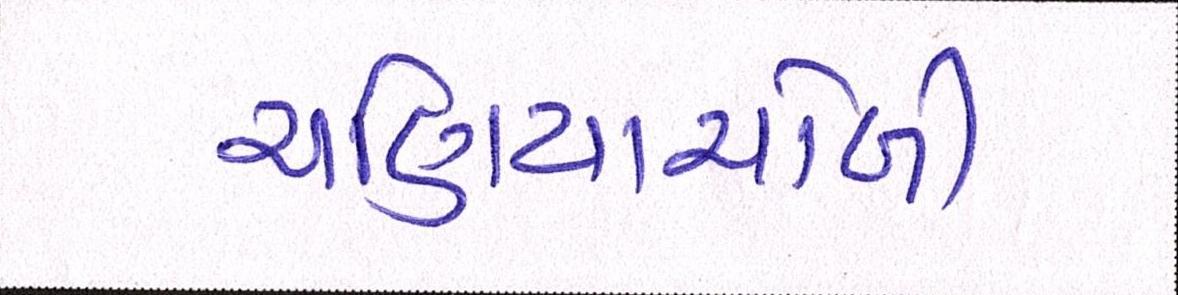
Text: ચણિયાચોળી